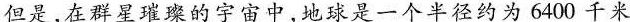
但是，在群星璀璨的宇宙中，地球是一个半径约为6400千米